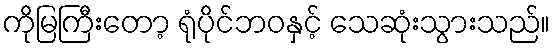
ကိုမြကြီးတော့ ရုံပိုင်ဘဝနှင့် သေဆုံးသွားသည်။